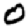
Digit: 0